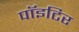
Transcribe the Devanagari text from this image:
पाॅइटिर